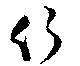
行